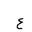
Letter: _ayn